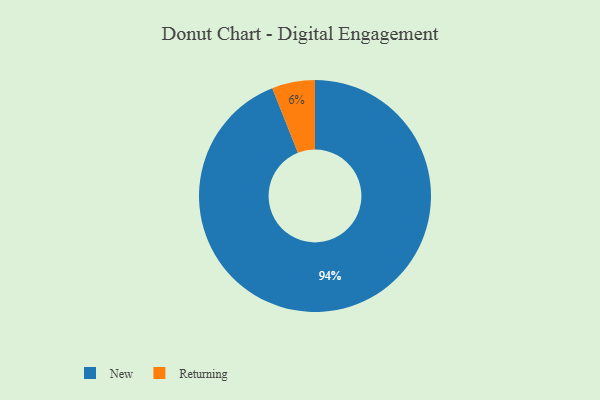
{"axis": {"x": "Category", "y": "Percentage"}, "legend": ["New", "Returning"], "data": [{"x": "Returning", "y": 6, "type": "Returning"}, {"x": "New", "y": 94, "type": "New"}]}